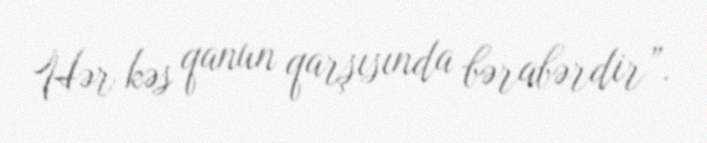
Hər kəs qanun qarşısında bərabərdir”.